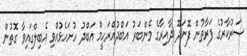
ސަރުކާރުގެ ފަރާތުން ފޮނަދޫ ދާއިރާގެ މެންބަރު އަބްދުއްރަހީމް އަބްދު ހުށަހެޅުއްވި އެބިލްގައިވާ ގޮތުން